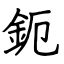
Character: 鈪